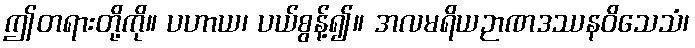
ဤတရားတို့ကို။ ပဟာယ၊ ပယ်စွန့်၍။ အလမရိယဉာဏဒဿနဝိသေသံ၊